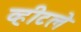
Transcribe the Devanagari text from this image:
व्हीटले